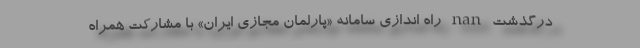
درگذشت nan راه اندازی سامانه «پارلمان مجازی ایران» با مشارکت همراه